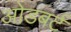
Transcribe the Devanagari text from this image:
ओडबर्ट